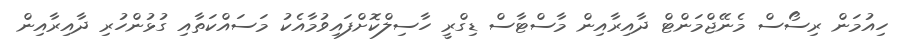
ހިއުމަން ރިސޯސް މެނޭޖްމަންޓް ދާއިރާއިން މާސްޓާސް ޑިގްރީ ހާސިލްކޮށްފައިވުމާއެކު މަސައްކަތާއި ގުޅުންހުރި ދާއިރާއިން